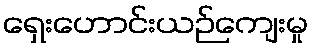
ရှေးဟောင်းယဉ်ကျေးမှု